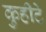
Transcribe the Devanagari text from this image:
कुहीटे